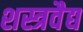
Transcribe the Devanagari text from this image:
शस्त्रवैद्य